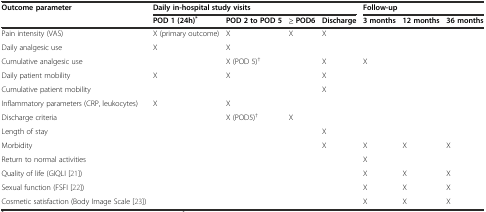
| Outcome parameter | <COLSPAN=4> Daily in-hospital study visits | <COLSPAN=3> Follow-up |
 |  | POD 1 (24h)* | POD 2 to POD 5 | ≥ POD6 | Discharge | 3 months | 12 months | 36 months |
 | --- | --- | --- | --- | --- | --- | --- | --- |
 | Pain intensity (VAS) | X (primary outcome) | X | X | X |  |  |  |
 | Daily analgesic use | X | X |  |  |  |  |  |
 | Cumulative analgesic use |  | X (POD 5)† |  | X | X |  |  |
 | Daily patient mobility | X | X |  | X |  |  |  |
 | Cumulative patient mobility |  |  |  | X |  |  |  |
 | Inflammatory parameters (CRP, leukocytes) | X | X |  |  |  |  |  |
 | Discharge criteria |  | X (POD5)† | X |  |  |  |  |
 | Length of stay |  |  |  | X |  |  |  |
 | Morbidity |  |  |  | X | X | X | X |
 | Return to normal activities |  |  |  |  | X |  |  |
 | Quality of life (GIQLI[21]) |  |  |  |  | X | X | X |
 | Sexual function (FSFI[22]) |  |  |  |  | X | X | X |
 | Cosmetic satisfaction (Body Image Scale[23]) |  |  |  |  | X | X | X |